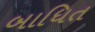
બાધિત